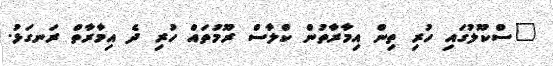
"ސްކޫލުގައި ހުރި ތިން އިމާރާތުން ކްލާސް ރޫމުތައް ހުރި ދެ އިމާރާތް ރަނގަޅު.